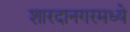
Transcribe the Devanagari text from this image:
शारदानगरमध्ये